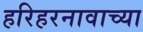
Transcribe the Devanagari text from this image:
हरिहरनावाच्या